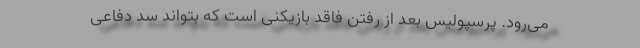
می‌رود. پرسپولیس بعد از رفتن فاقد بازیکنی است که بتواند سد دفاعی